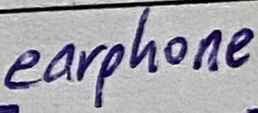
Text: earphone